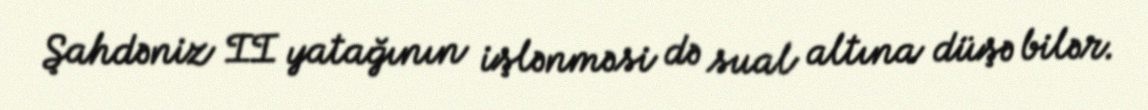
Şahdəniz II yatağının işlənməsi də sual altına düşə bilər.